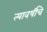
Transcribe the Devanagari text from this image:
त्यावर्षीचे